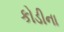
કોડીના